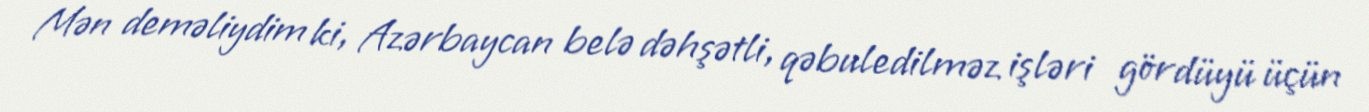
Mən deməliydim ki, Azərbaycan belə dəhşətli, qəbuledilməz işləri gördüyü üçün